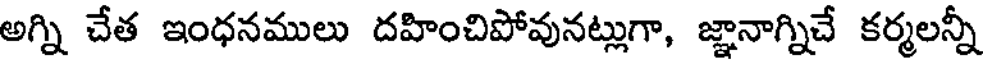
అగ్ని చేత ఇంధనములు దహించిపోవునట్లుగా, జ్ఞానాగ్నిచే కర్మలన్నీ